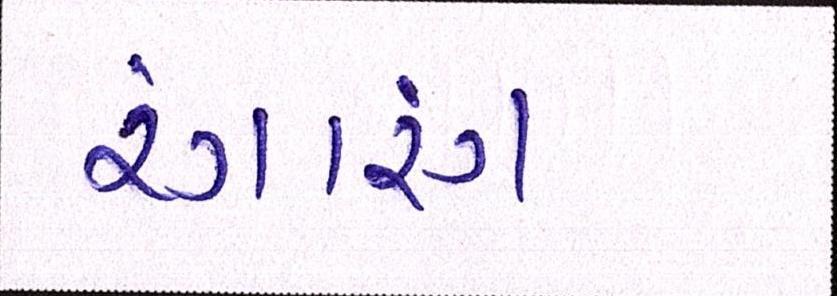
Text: રંગારંગ